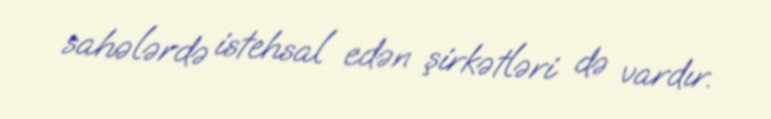
sahələrdə istehsal edən şirkətləri də vardır.